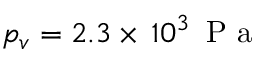
p _ { v } = 2 . 3 \times \, 1 0 ^ { 3 } \, { \mathrm { ~ P ~ a ~ } }